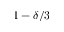
1 - \delta / 3